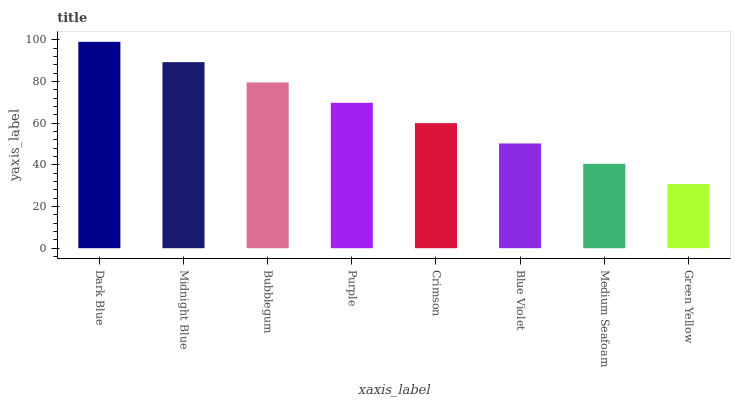
| xaxis_label | bars |
 | --- | --- |
 | Dark Blue | 99 |
 | Midnight Blue | 89.2 |
 | Bubblegum | 79.5 |
 | Purple | 69.7 |
 | Crimson | 60 |
 | Blue Violet | 50.2 |
 | Medium Seafoam | 40.5 |
 | Green Yellow | 30.7 |